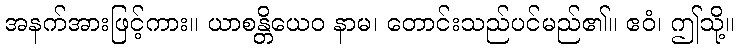
အနက်အားဖြင့်ကား။ ယာစန္တိယေဝ နာမ၊ တောင်းသည်ပင်မည်၏။ ဧဝံ၊ ဤသို့။